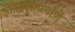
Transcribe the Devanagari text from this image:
इतिहासप्रमाणे